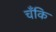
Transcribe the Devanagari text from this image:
चँकि